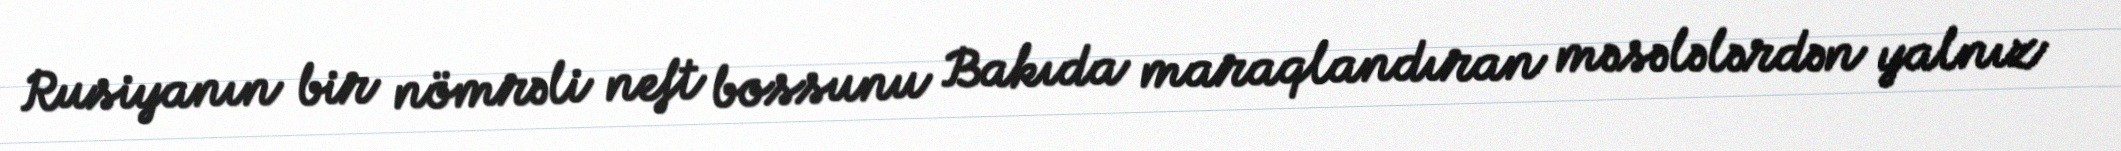
Rusiyanın bir nömrəli neft bossunu Bakıda maraqlandıran məsələlərdən yalnız